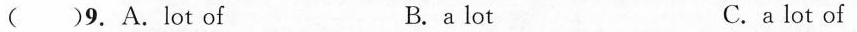
( )9. A.Lot of B. a lot C.a lot of